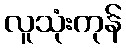
လူသုံးကုန်